65_HS1-834228961_62-HQ-83894_Section_2
Agency: FBI
Page 11
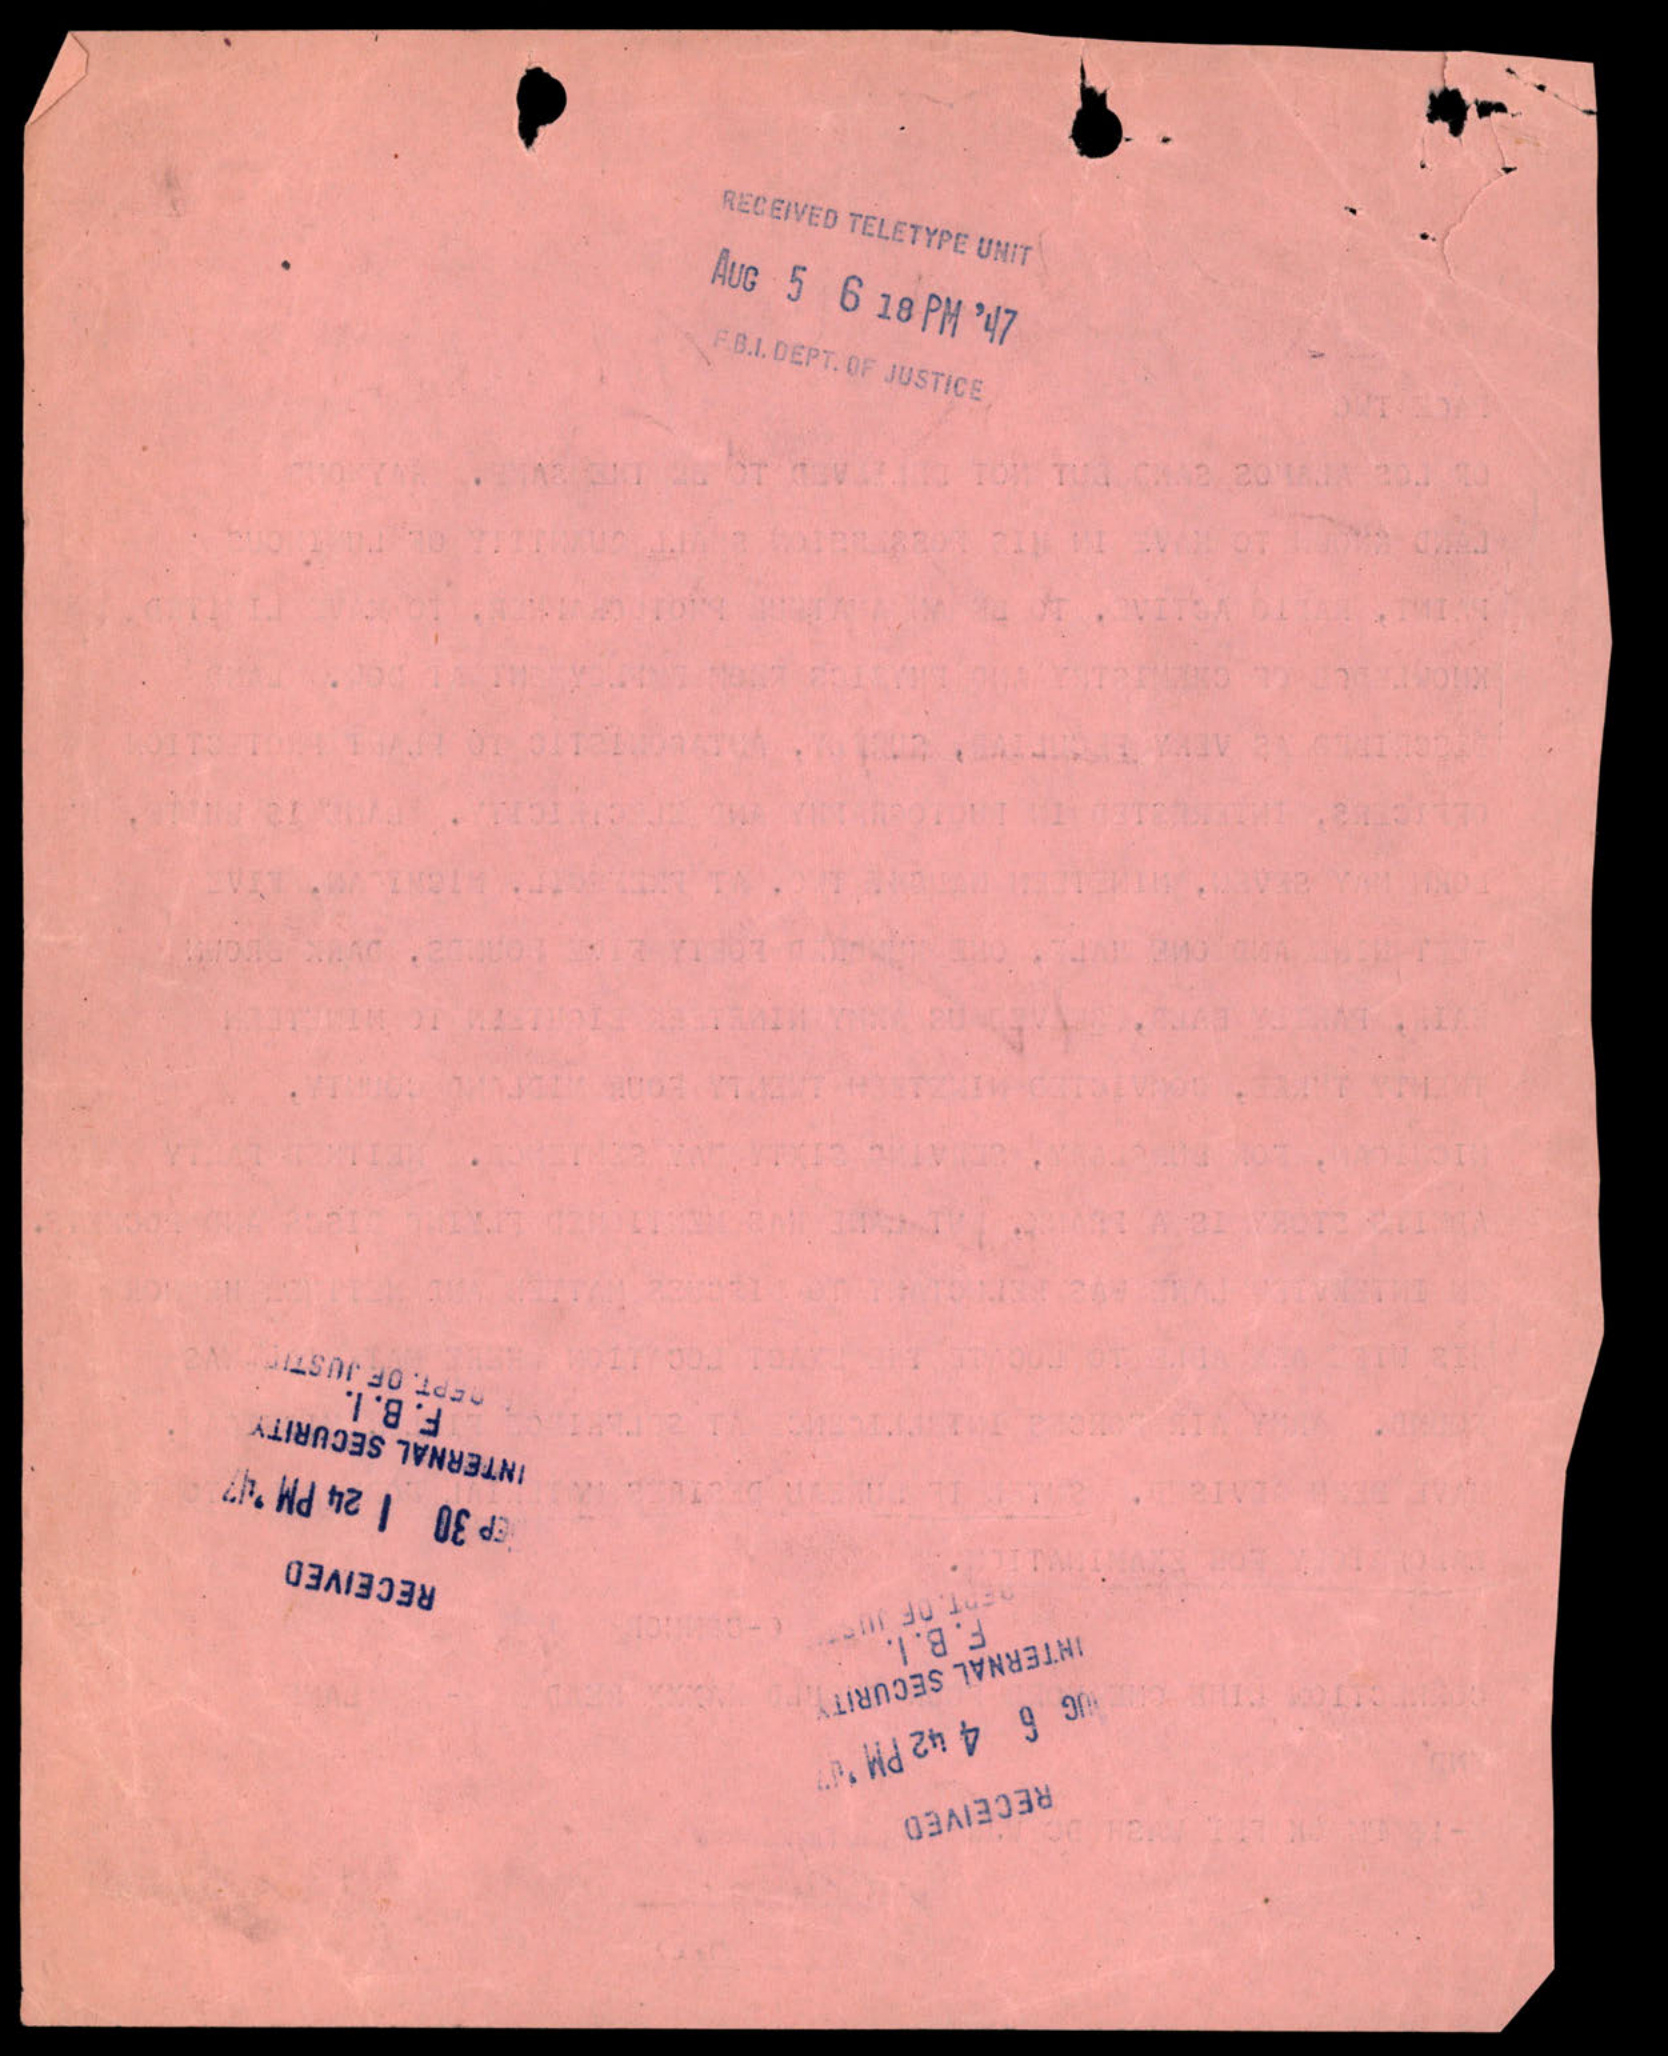